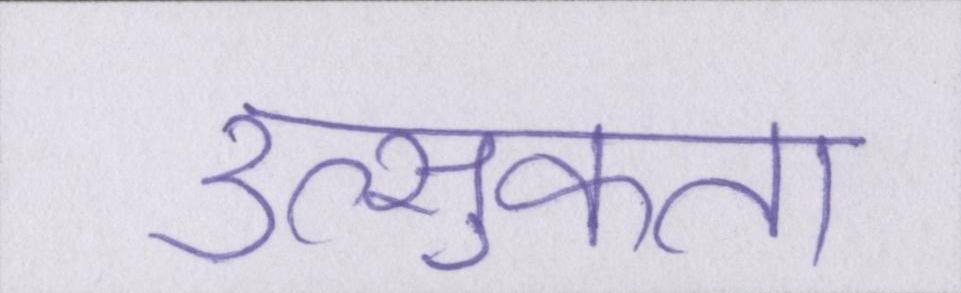
उत्सुकता